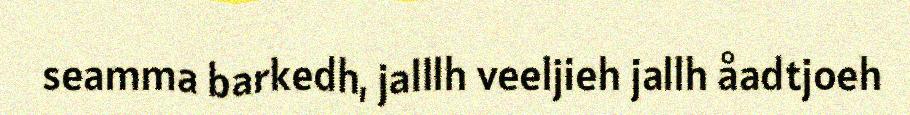
seamma barkedh, jalllh veeljieh jallh åadtjoeh